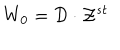
W _ { 0 } = { \cal D } \cdot { \cal Z } ^ { s t }